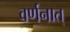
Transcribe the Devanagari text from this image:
वर्णनात्